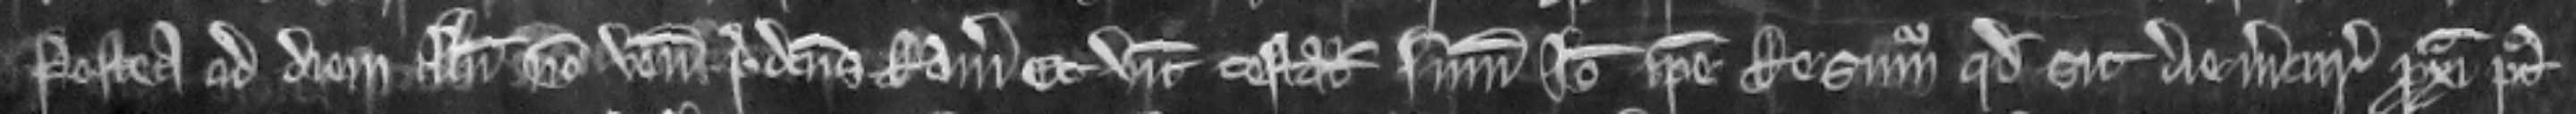
Postea ad diem illum non venit predictus Ranulfus. Et vicecomes testatur summonicionem. Ideo ipse resummoneatur quod sit die mercurii proxima post